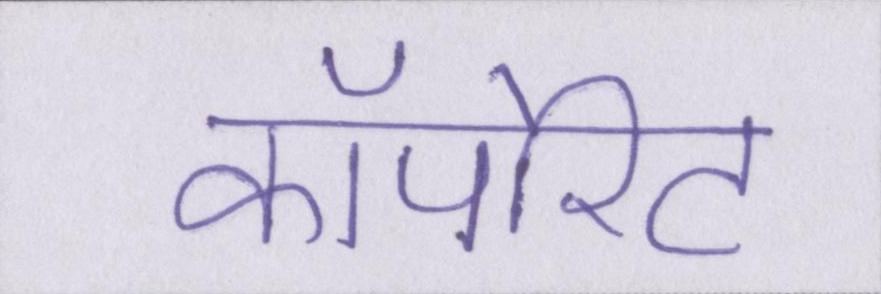
कॉर्पोरेट